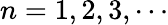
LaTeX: n=1,2,3,\cdots